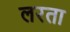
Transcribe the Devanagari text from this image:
लरता